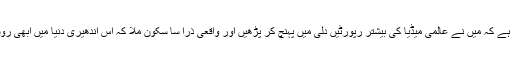
سوشل میڈیا کی عنایت ہے کہ میں نے عالمی میڈیا کی بیشتر رپورٹیں دلی میں پہنچ کر پڑھیں اور واقعی ذرا سا سکون ملا کہ اس اندھیری دنیا میں ابھی روشنی کی کرن باقی ہے۔